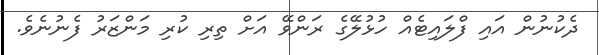
ދެކުނުން އައި ފްލައިޓެއް ހުޅުލޭގެ ރަންވޭ އަށް ތިރި ކުރި މަންޒަރު ފެނުނެވެ.